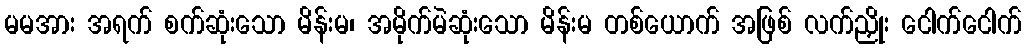
မမအား အရက် စက်ဆုံးသော မိန်းမ၊ အမိုက်မဲဆုံးသော မိန်းမ တစ်ယောက် အဖြစ် လက်ညှိုး ငေါက်ငေါက်